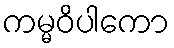
ကမ္မဝိပါကော